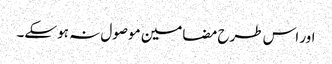
اور اس طرح مضامین موصول نہ ہو سکے۔